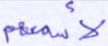
لأسمعهم